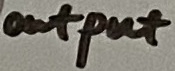
Text: output